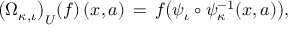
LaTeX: \lefteqn { \big ( \Omega _ { \kappa , \iota } \big ) _ { U } ( f ) \, ( x , a ) \, = \, f \big ( \psi _ { \iota } \circ \psi _ { \kappa } ^ { - 1 } ( x , a ) \big ) , }